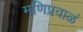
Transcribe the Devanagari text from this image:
मणिप्रवाळं